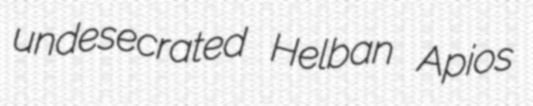
undesecrated Helban Apios